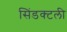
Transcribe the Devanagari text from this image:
सिंडक्टली